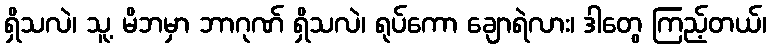
ရှိသလဲ၊ သူ့ မိဘမှာ ဘာဂုဏ် ရှိသလဲ၊ ရုပ်ကော ချောရဲလား၊ ဒါတွေ ကြည့်တယ်၊